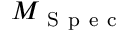
M _ { \mathrm { ~ S ~ p ~ e ~ c ~ } }